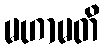
မဟာမတိ